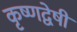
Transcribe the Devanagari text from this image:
कृष्णद्वेषी